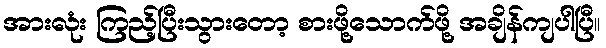
အားလုံး ကြည့်ပြီးသွားတော့ စားဖို့သောက်ဖို့ အချိန်ကျပါပြီ။